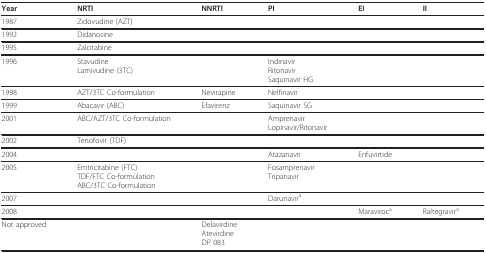
| Year | NRTI | NNRTI | PI | EI | II |
 | --- | --- | --- | --- | --- | --- |
 | 1987 | Zidovudine (AZT) |  |  |  |  |
 | 1992 | Didanosine |  |  |  |  |
 | 1995 | Zalcitabine |  |  |  |  |
 | 1996 | StavudineLamivudine (3TC) |  | IndinavirRitonavirSaquinavir HG |  |  |
 | 1998 | AZT/3TC Co-formulation | Nevirapine | Nelfinavir |  |  |
 | 1999 | Abacavir (ABC) | Efavirenz | Saquinavir SG |  |  |
 | 2001 | ABC/AZT/3TC Co-formulation |  | AmprenavirLopinavir/Ritonavir |  |  |
 | 2002 | Tenofovir (TDF) |  |  |  |  |
 | 2004 |  |  | Atazanavir | Enfuvirtide |  |
 | 2005 | Emtricitabine (FTC)TDF/FTC Co-formulationABC/3TC Co-formulation |  | FosamprenavirTripanavir |  |  |
 | 2007 |  |  | Darunavira |  |  |
 | 2008 |  |  |  | Maraviroca | Raltegravira |
 | Not approved |  | DelavirdineAtevirdineDP 083 |  |  |  |